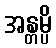
အန္တမ္ပိ